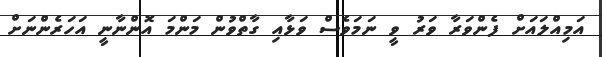
އަމިއްލައަށް ފެންވަރާ ވަރު ވީ ނަމަވެސް ވަޅާއި ގާތްވުން މަންމަ އޮންނާނީ އަހަރެންނަށް